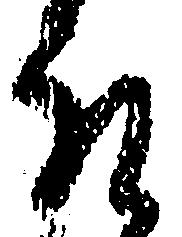
取